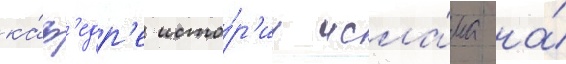
ка́ф'едр'е исто́р'ии исла́ма на́